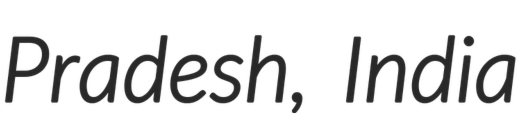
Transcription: Pradesh, India